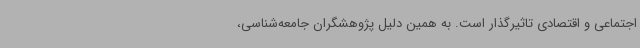
اجتماعی و اقتصادی تاثیرگذار است. به همین دلیل پژوهشگران جامعه‌شناسی،